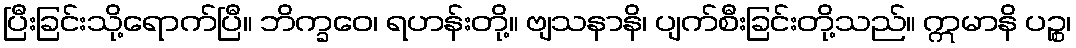
ပြီးခြင်းသို့ရောက်ပြီ။ ဘိက္ခဝေ၊ ရဟန်းတို့။ ဗျသနာနိ၊ ပျက်စီးခြင်းတို့သည်။ ဣမာနိ ပဉ္စ၊